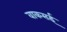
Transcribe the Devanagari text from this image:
वाकसई